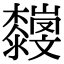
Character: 𣠴